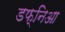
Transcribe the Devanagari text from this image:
डफ्निआ